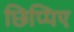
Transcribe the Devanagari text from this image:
छिप्पिए